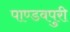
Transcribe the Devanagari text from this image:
पाण्डवपुरी